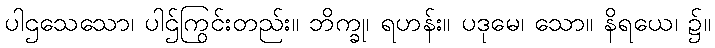
ပါဌသေသော၊ ပါဌ်ကြွင်းတည်း။ ဘိက္ခု၊ ရဟန်း။ ပဒုမေ၊ သော။ နိရယေ၊ ၌။